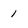
Character: 1